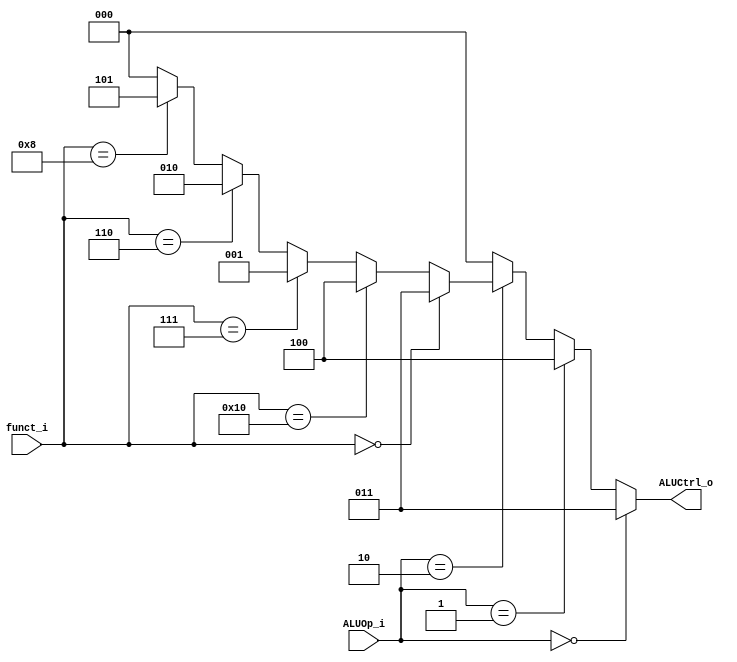
module ALU_Control(funct_i,ALUOp_i,ALUCtrl_o);
input[1:0]ALUOp_i;
input[4:0]funct_i;
output[2:0]ALUCtrl_o;//and, or, add, sub, mul

assign ALUCtrl_o=(ALUOp_i==2'b00)? 3'b011://add
				 (ALUOp_i==2'b01)? 3'b100://sub
				 (ALUOp_i==2'b10)?
				 (
				 	(funct_i==5'b00000)? 3'b011://add
					(funct_i==5'b10000)? 3'b100://sub
					(funct_i==5'b00111)? 3'b001://and
					(funct_i==5'b00110)? 3'b010://or
					(funct_i==5'b01000)? 3'b101://mul
					3'b000
				 ): 3'b000;
endmodule